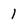
Character: I